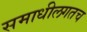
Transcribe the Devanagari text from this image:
समाधीलगतच